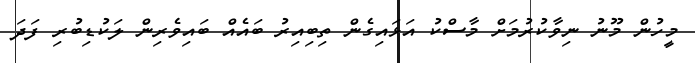
މީހުން މޫނު ނިވާކުރުމަށް މާސްކު އަޅައިގެން ތިބިއިރު ބައެއް ބައިވެރިން ލަކުޑިބުރި ފަދަ